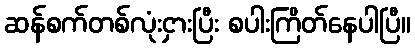
ဆန်စက်တစ်လုံးငှားပြီး စပါးကြိတ်နေပါပြီ။